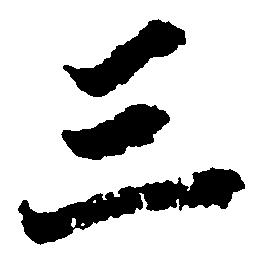
三